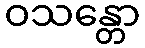
ဝသန္တော